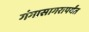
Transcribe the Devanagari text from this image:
गंगासागरापर्यंत